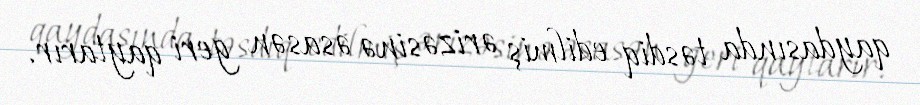
qaydasında təsdiq edilmiş ərizəsinə əsasən geri qaytarır.